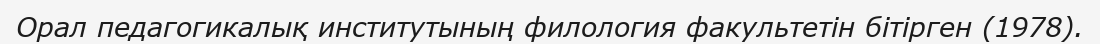
Орал педагогикалық институтының филология факультетін бітірген (1978).